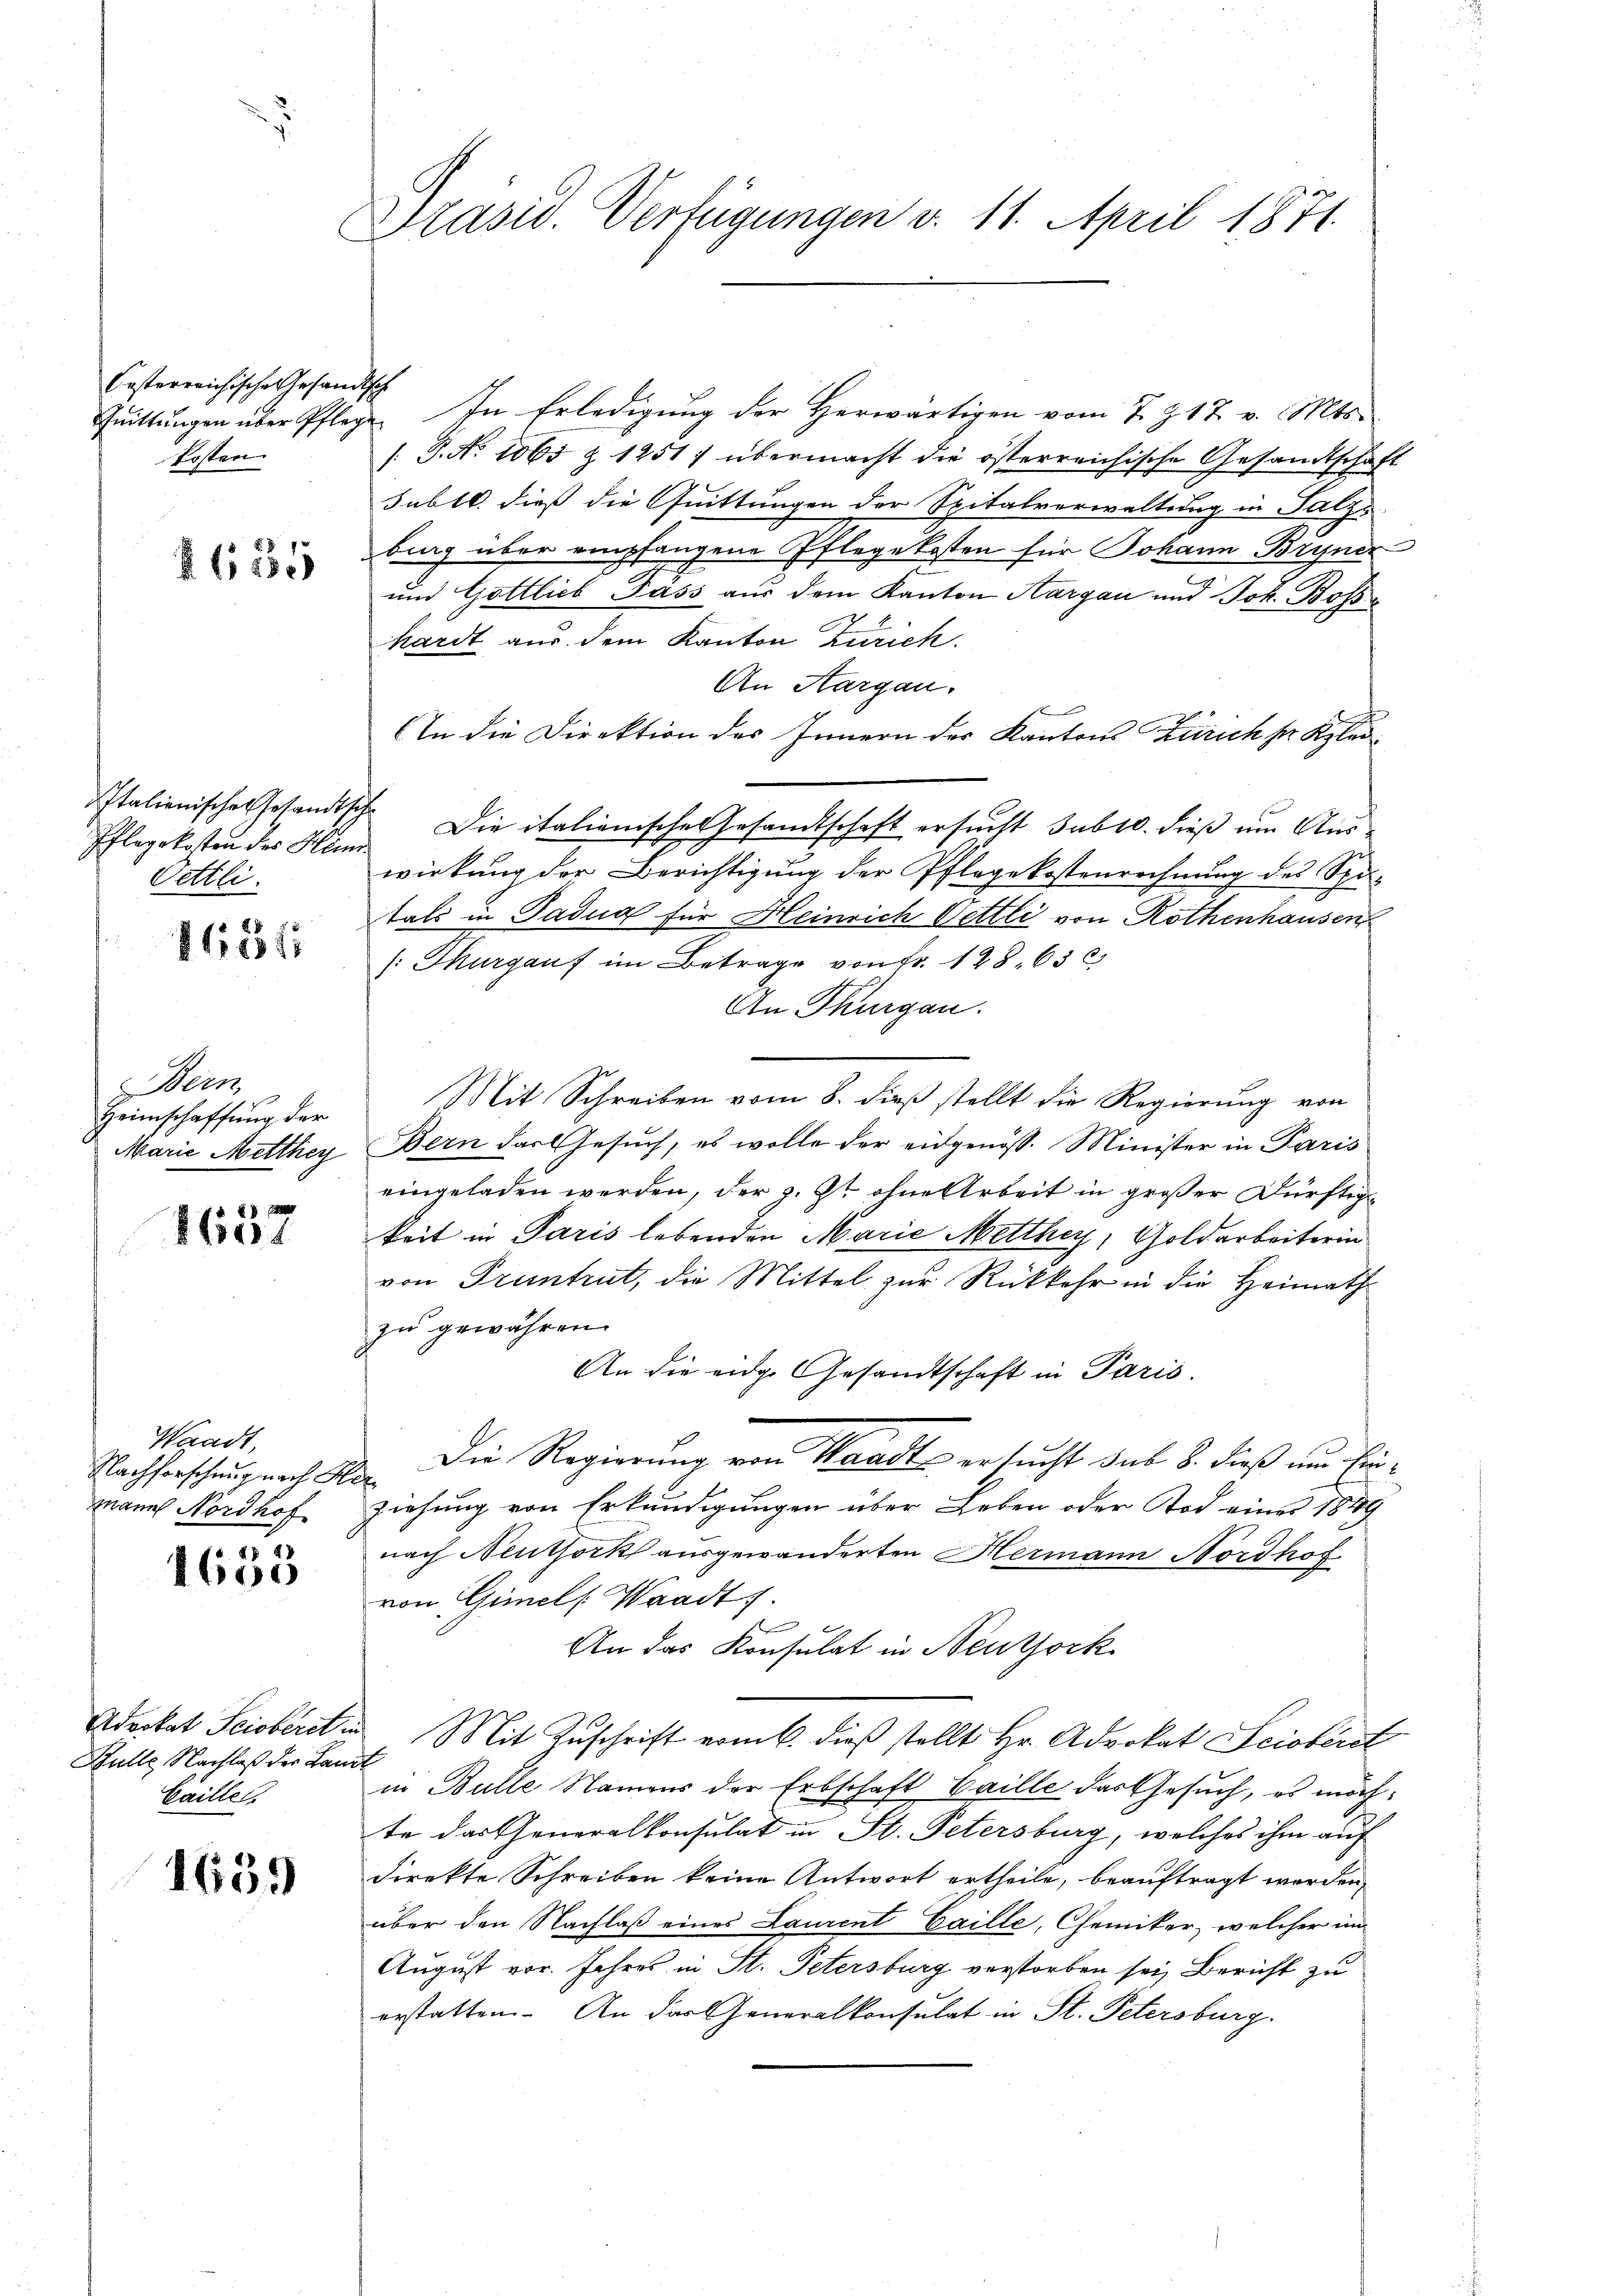
Casterreichische Gesandtsch
kosten.

§115

Italienische Gesandtsch
Pflegekosten des Heinr.
Oettli.

115f

Wein
Heimschaffung der
Marie Mitthey

1637

Waadt,
Nachforschung nach
mann Nordhof

48 x
1605

Hulle Nachlaß der Landt
Caille.

1659

Präsid. Verfügungen v. 11. April 1871.

Fŭittŭngen über Pflege. In Erledigŭng der herwärtigen vom 7. Z. 17. v. Mts.
/: P. Nr. 1065 § 1251) übermacht die österreichische Gesandtschaft
subll. dieß die Quittungen der Spitalverwaltung in Salzs
bag über empfangene Pflegekosten für Johann Bryner
und Gottlieb Pass aus dem Kanton Aargau und Joh. Boss
hardt aus dem Kanton Zürich.
An Aargau.
An die Direktion des Innern des Kantons Zürich sr. Klei¬
Die italionische Gesandtschaft ersucht sub 10. dieß um Auswirkung der Berichtigŭng der Pflegekostenrechnŭng des Spi-
tals in Padua für Heinrich Oettli von Rothenhausen
: Thurgauf im Betrage von Fr. 128. 632
An Thurgau.
Mit Schreiben vom 8. dieß stellt die Regierung von
Bern das Gesuch, es wolle der eidgenöss. Minister in Paris
eingeladen werden, der z. Zt. ohne Arbeit in großer Dürftig
keit in Paris lebenden Marie Metthey, Goldarbeiterin
von Truntrut, die Mittel zur Rückkehr in die Heimath
zu gewähren.
An die eidge Gesandtschaft in Paris.
Die Regierung von Waadt ersucht sub 8. dieß am Ein¬
¬
ziehung von Erkundigungen über Leben oder Tod eines 1849
nach Neuthork ausgewanderten Hermann Nordhof
von Gimels Waadt.
An das Konsulat in Neuthork
Advokat Scioberst in Mit Zuschrift vom 6. dieß stellt Hr. Advokat Scioberst
in Bulle Namens der Erbschaft Caille das Gesuch, es möchte das Generalkonsulat in St. Petersburg, welches ihm auf
direkte Schreiben keine Antwort ertheile, beauftragt worden,
über den Nachlaß eines Laurent Caille, Chemiker, welcher im
August vor. Jahres in St. Petersburg verstorben sei, Bericht zu
erstatten. An der Generalkonsulat in St. Petersburg.